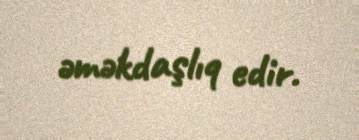
əməkdaşlıq edir.